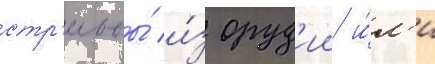
стр'ельбы́ и́з оруд'ии и́л'и